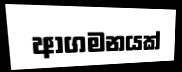
ආගමනයක්